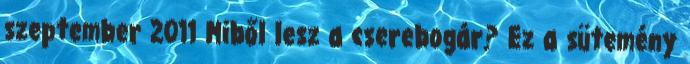
szeptember 2011 Miből lesz a cserebogár? Ez a sütemény